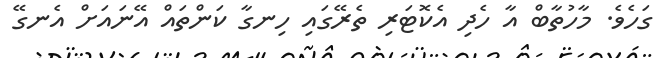
ގަހެވެ. މާހުތާބް އާ ހެދި އެކޮޓަރި ތެރޭގައި ހިނގާ ކަންތައް އޭނައަށް އެނގޭ